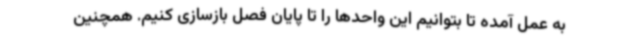
به عمل آمده تا بتوانیم این واحدها را تا پایان فصل بازسازی کنیم. همچنین